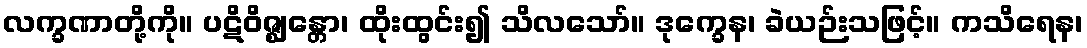
လက္ခဏာတို့ကို။ ပဋိဝိဇ္ဈန္တော၊ ထိုးထွင်း၍ သိလသော်။ ဒုက္ခေန၊ ခဲယဉ်းသဖြင့်။ ကသိရေန၊